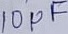
Text: 10µF